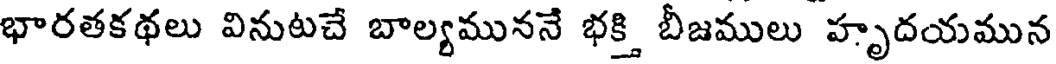
భారతకథలు వినుటచే బాల్యముననే భక్తి బీజములు హృదయమున